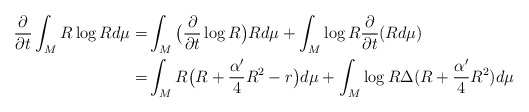
\begin{align*}\frac{\partial}{\partial t}\int_M R\log Rd\mu=&\int_M\big(\frac{\partial}{\partial t}\log R\big)Rd\mu+\int_M\log R\frac{\partial}{\partial t}(Rd\mu) \\=&\int_MR\big(R+\frac{\alpha'}{4}R^2-r\big)d\mu+\int_M\log R\Delta (R+\frac{\alpha'}{4}R^2)d\mu\end{align*}